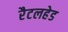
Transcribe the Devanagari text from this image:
रैटलहेड